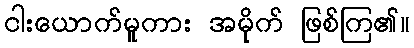
ငါးယောက်မူကား အမိုက် ဖြစ်ကြ၏။